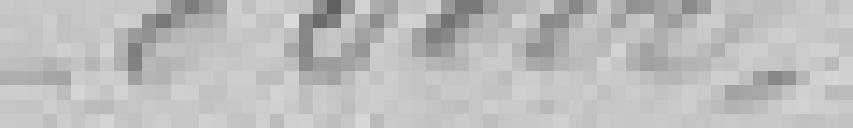
85 000